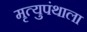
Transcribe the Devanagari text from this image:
मृत्युपंथाला